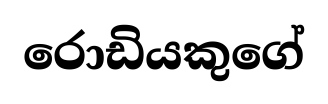
රොඩියකුගේ